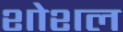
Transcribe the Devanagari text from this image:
शोशल